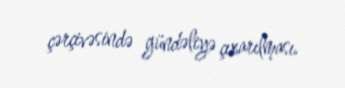
çərçivəsində gündəliyə çıxarılması.